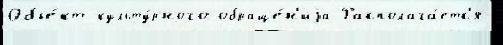
Объе́кт культу́рного обраще́н'иjа Располага́етс'я